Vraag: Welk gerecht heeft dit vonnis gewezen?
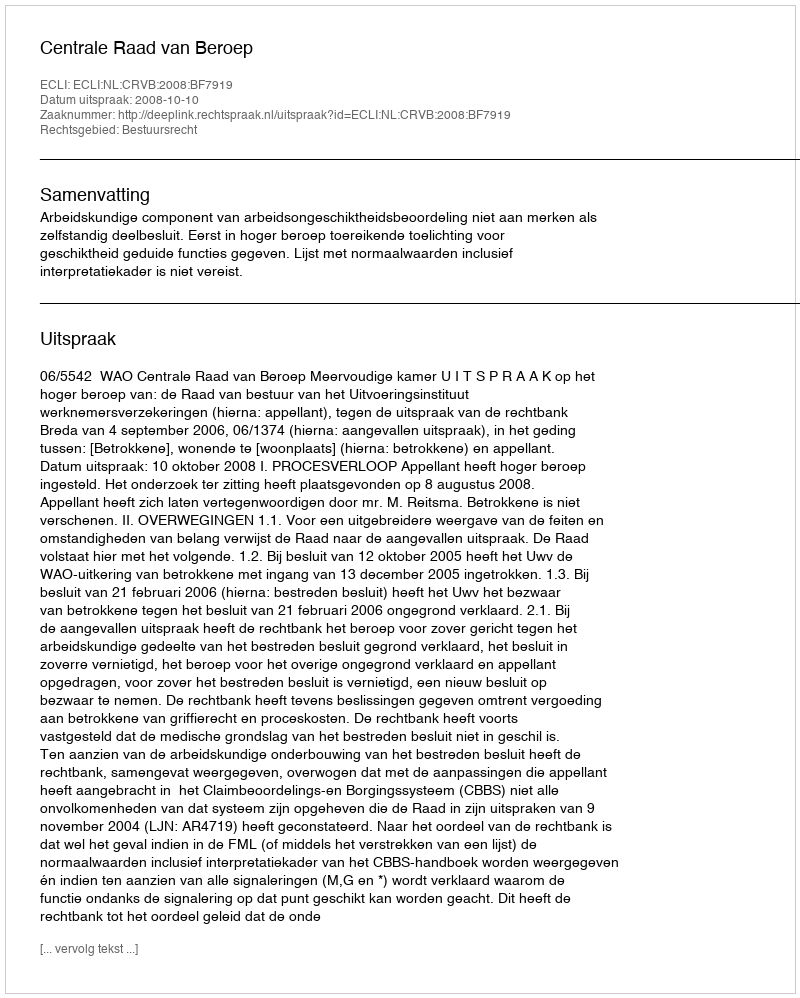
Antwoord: Centrale Raad van Beroep